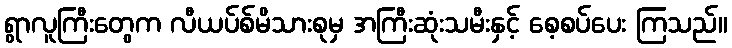
ရွာလူကြီးတွေက လီယပ်စ်မိသားစုမှ အကြီးဆုံးသမီးနှင့် စေ့စပ်ပေး ကြသည်။